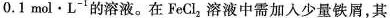
0.1mol·L^{-1}的溶液。在FeCl_{2}溶液中需加入少量铁屑，其